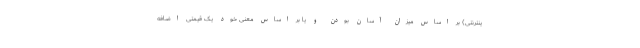
ینترنتی) بر اساس میزان آسان بودن و یا بر اساس معنی خود یک قیمتی اضافه